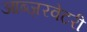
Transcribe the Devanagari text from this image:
आब्ज़रवेटरी